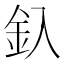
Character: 釞